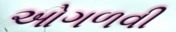
ઓગળવી